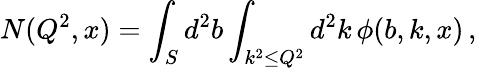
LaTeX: N(Q^{2},x)=\int_{S}d^{2}b\int_{k^{2}\le Q^{2}}d^{2}k\, \phi(b,k,x)\, ,